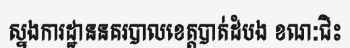
ស្នងការដ្ឋាននគរបាលខេត្តបាត់ដំបង ខណៈជិះ